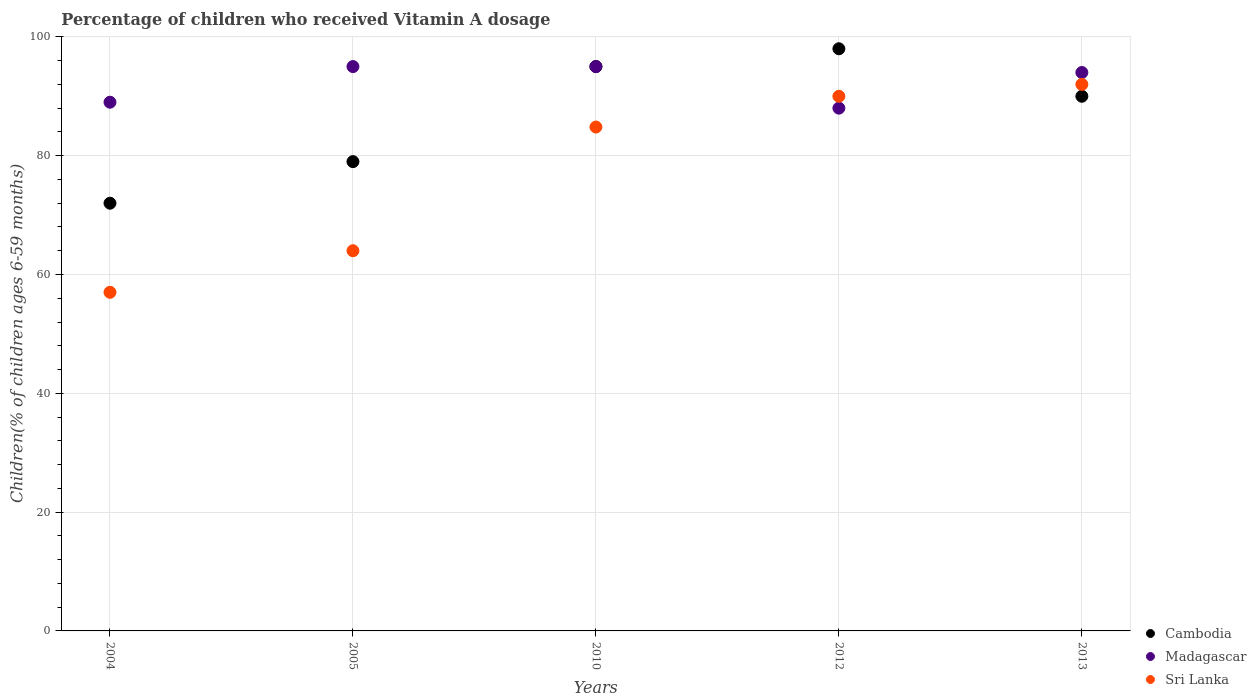
| Years | Cambodia | Madagascar | Sri Lanka |
 | --- | --- | --- | --- |
 | 2004 | 72 | 89 | 57 |
 | 2005 | 79 | 95 | 64 |
 | 2010 | 95 | 95 | 84.8 |
 | 2012 | 98 | 88 | 90 |
 | 2013 | 90 | 94 | 92 |